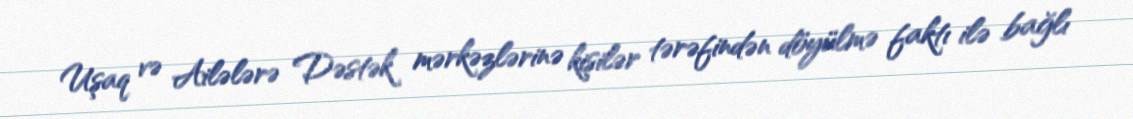
Uşaq və Ailələrə Dəstək mərkəzlərinə kişilər tərəfindən döyülmə faktı ilə bağlı